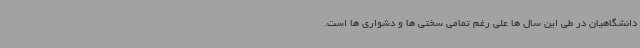
دانشگاهیان در طی این سال ها علی رغم تمامی سختی ها و دشواری ها است.